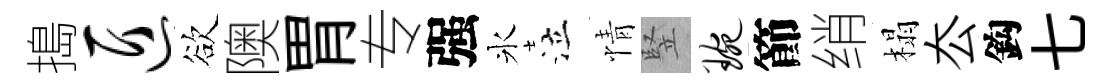
搗匠欲隩胃专强氷泣情竪琬節绡榻厺鈎七